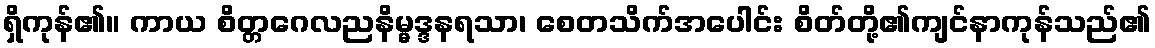
ရှိကုန်၏။ ကာယ စိတ္တဂေလညနိမ္မဒ္ဒနရသာ၊ စေတသိက်အပေါင်း စိတ်တို့၏ကျင်နာကုန်သည်၏